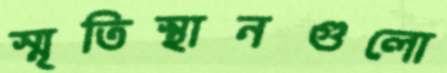
স্মৃতিস্থানগুলো